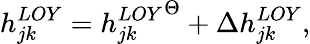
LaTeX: h_{jk}^{LOY}={h_{jk}^{LOY}}^{\Theta}+\Delta h_{jk}^{LOY},